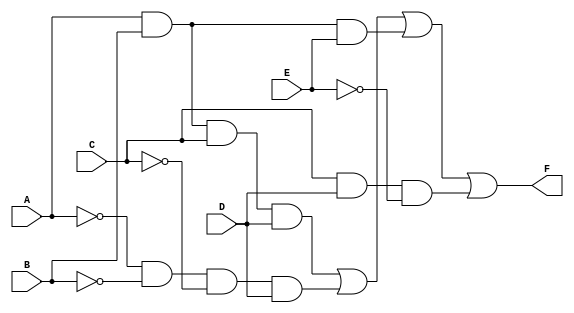
module five_var_kmap (
    input wire A,  // Input variable A
    input wire B,  // Input variable B
    input wire C,  // Input variable C
    input wire D,  // Input variable D
    input wire E,  // Input variable E
    output wire F  // Output F
);

    // Intermediate signals for terms in the expression
    wire A_not, B_not, C_not, D_not, E_not;
    wire term1, term2, term3, term4;

    // Invert the inputs
    not (A_not, A);
    not (B_not, B);
    not (C_not, C);
    not (D_not, D);
    not (E_not, E);

    // Define the product terms based on the simplified expression
    assign term1 = A & B & C & D;               // ABCD
    assign term2 = A_not & B_not & C_not & D;  // A'B'C'D
    assign term3 = A & B & E;                   // ABE
    assign term4 = C & D & E_not;               // CDE'

    // Final output F is the OR of the product terms
    assign F = term1 | term2 | term3 | term4;

endmodule